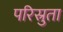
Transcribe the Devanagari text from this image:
परिस्रुता